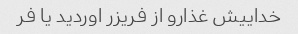
خداییش غذارو از فریزر اوردید یا فر